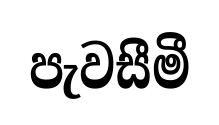
පැවසීමී